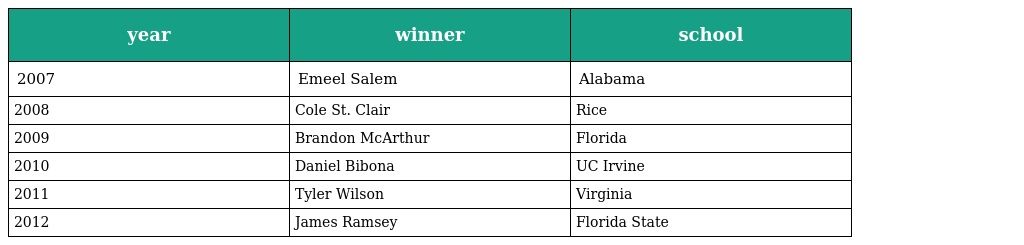
| year | winner | school |
 | --- | --- | --- |
 | 2007 | Emeel Salem | Alabama |
 | 2008 | Cole St. Clair | Rice |
 | 2009 | Brandon McArthur | Florida |
 | 2010 | Daniel Bibona | UC Irvine |
 | 2011 | Tyler Wilson | Virginia |
 | 2012 | James Ramsey | Florida State |